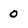
Character: 0